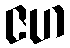
ဇဟ